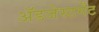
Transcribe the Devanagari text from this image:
ॲडजेस्टमेंट